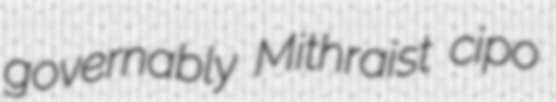
governably Mithraist cipo